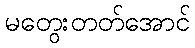
မတွေးတတ်အောင်